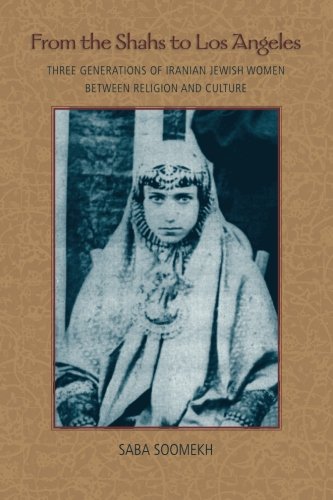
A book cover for From the Shahs to Los Angeles: Three Generations of Iranian Jewish Women between Religion and Culture; Saba Soomekh; Religion & Spirituality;